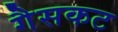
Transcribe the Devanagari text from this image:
गैसकट